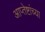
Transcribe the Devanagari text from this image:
आप्‍तेष्टांच्या